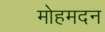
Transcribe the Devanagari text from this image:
मोहमदन